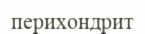
перихондрит